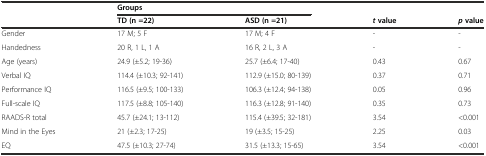
|  | <COLSPAN=2> Groups |  |  |
 |  | TD (n =22) | ASD (n =21) | tvalue | pvalue |
 | --- | --- | --- | --- | --- |
 | Gender | 17 M; 5 F | 17 M; 4 F | - | - |
 | Handedness | 20 R, 1 L, 1 A | 16 R, 2 L, 3 A | - | - |
 | Age (years) | 24.9 (±5.2; 19-36) | 25.7 (±6.4; 17-40) | 0.43 | 0.67 |
 | Verbal IQ | 114.4 (±10.3; 92-141) | 112.9 (±15.0; 80-139) | 0.37 | 0.71 |
 | Performance IQ | 116.5 (±9.5; 100-133) | 106.3 (±12.4; 94-138) | 0.05 | 0.96 |
 | Full-scale IQ | 117.5 (±8.8; 105-140) | 116.3 (±12.8; 91-140) | 0.35 | 0.73 |
 | RAADS-R total | 45.7 (±24.1; 13-112) | 115.4 (±39.5; 32-181) | 3.54 | <0.001 |
 | Mind in the Eyes | 21 (±2.3; 17-25) | 19 (±3.5; 15-25) | 2.25 | 0.03 |
 | EQ | 47.5 (±10.3; 27-74) | 31.5 (±13.3; 15-65) | 3.54 | <0.001 |